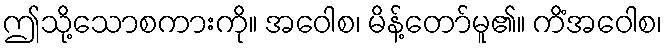
ဤသို့သောစကားကို။ အဝေါစ၊ မိန့်တော်မူ၏။ ကိံအဝေါစ၊